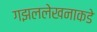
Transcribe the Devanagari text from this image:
गझललेखनाकडे